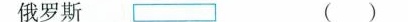
俄罗斯()